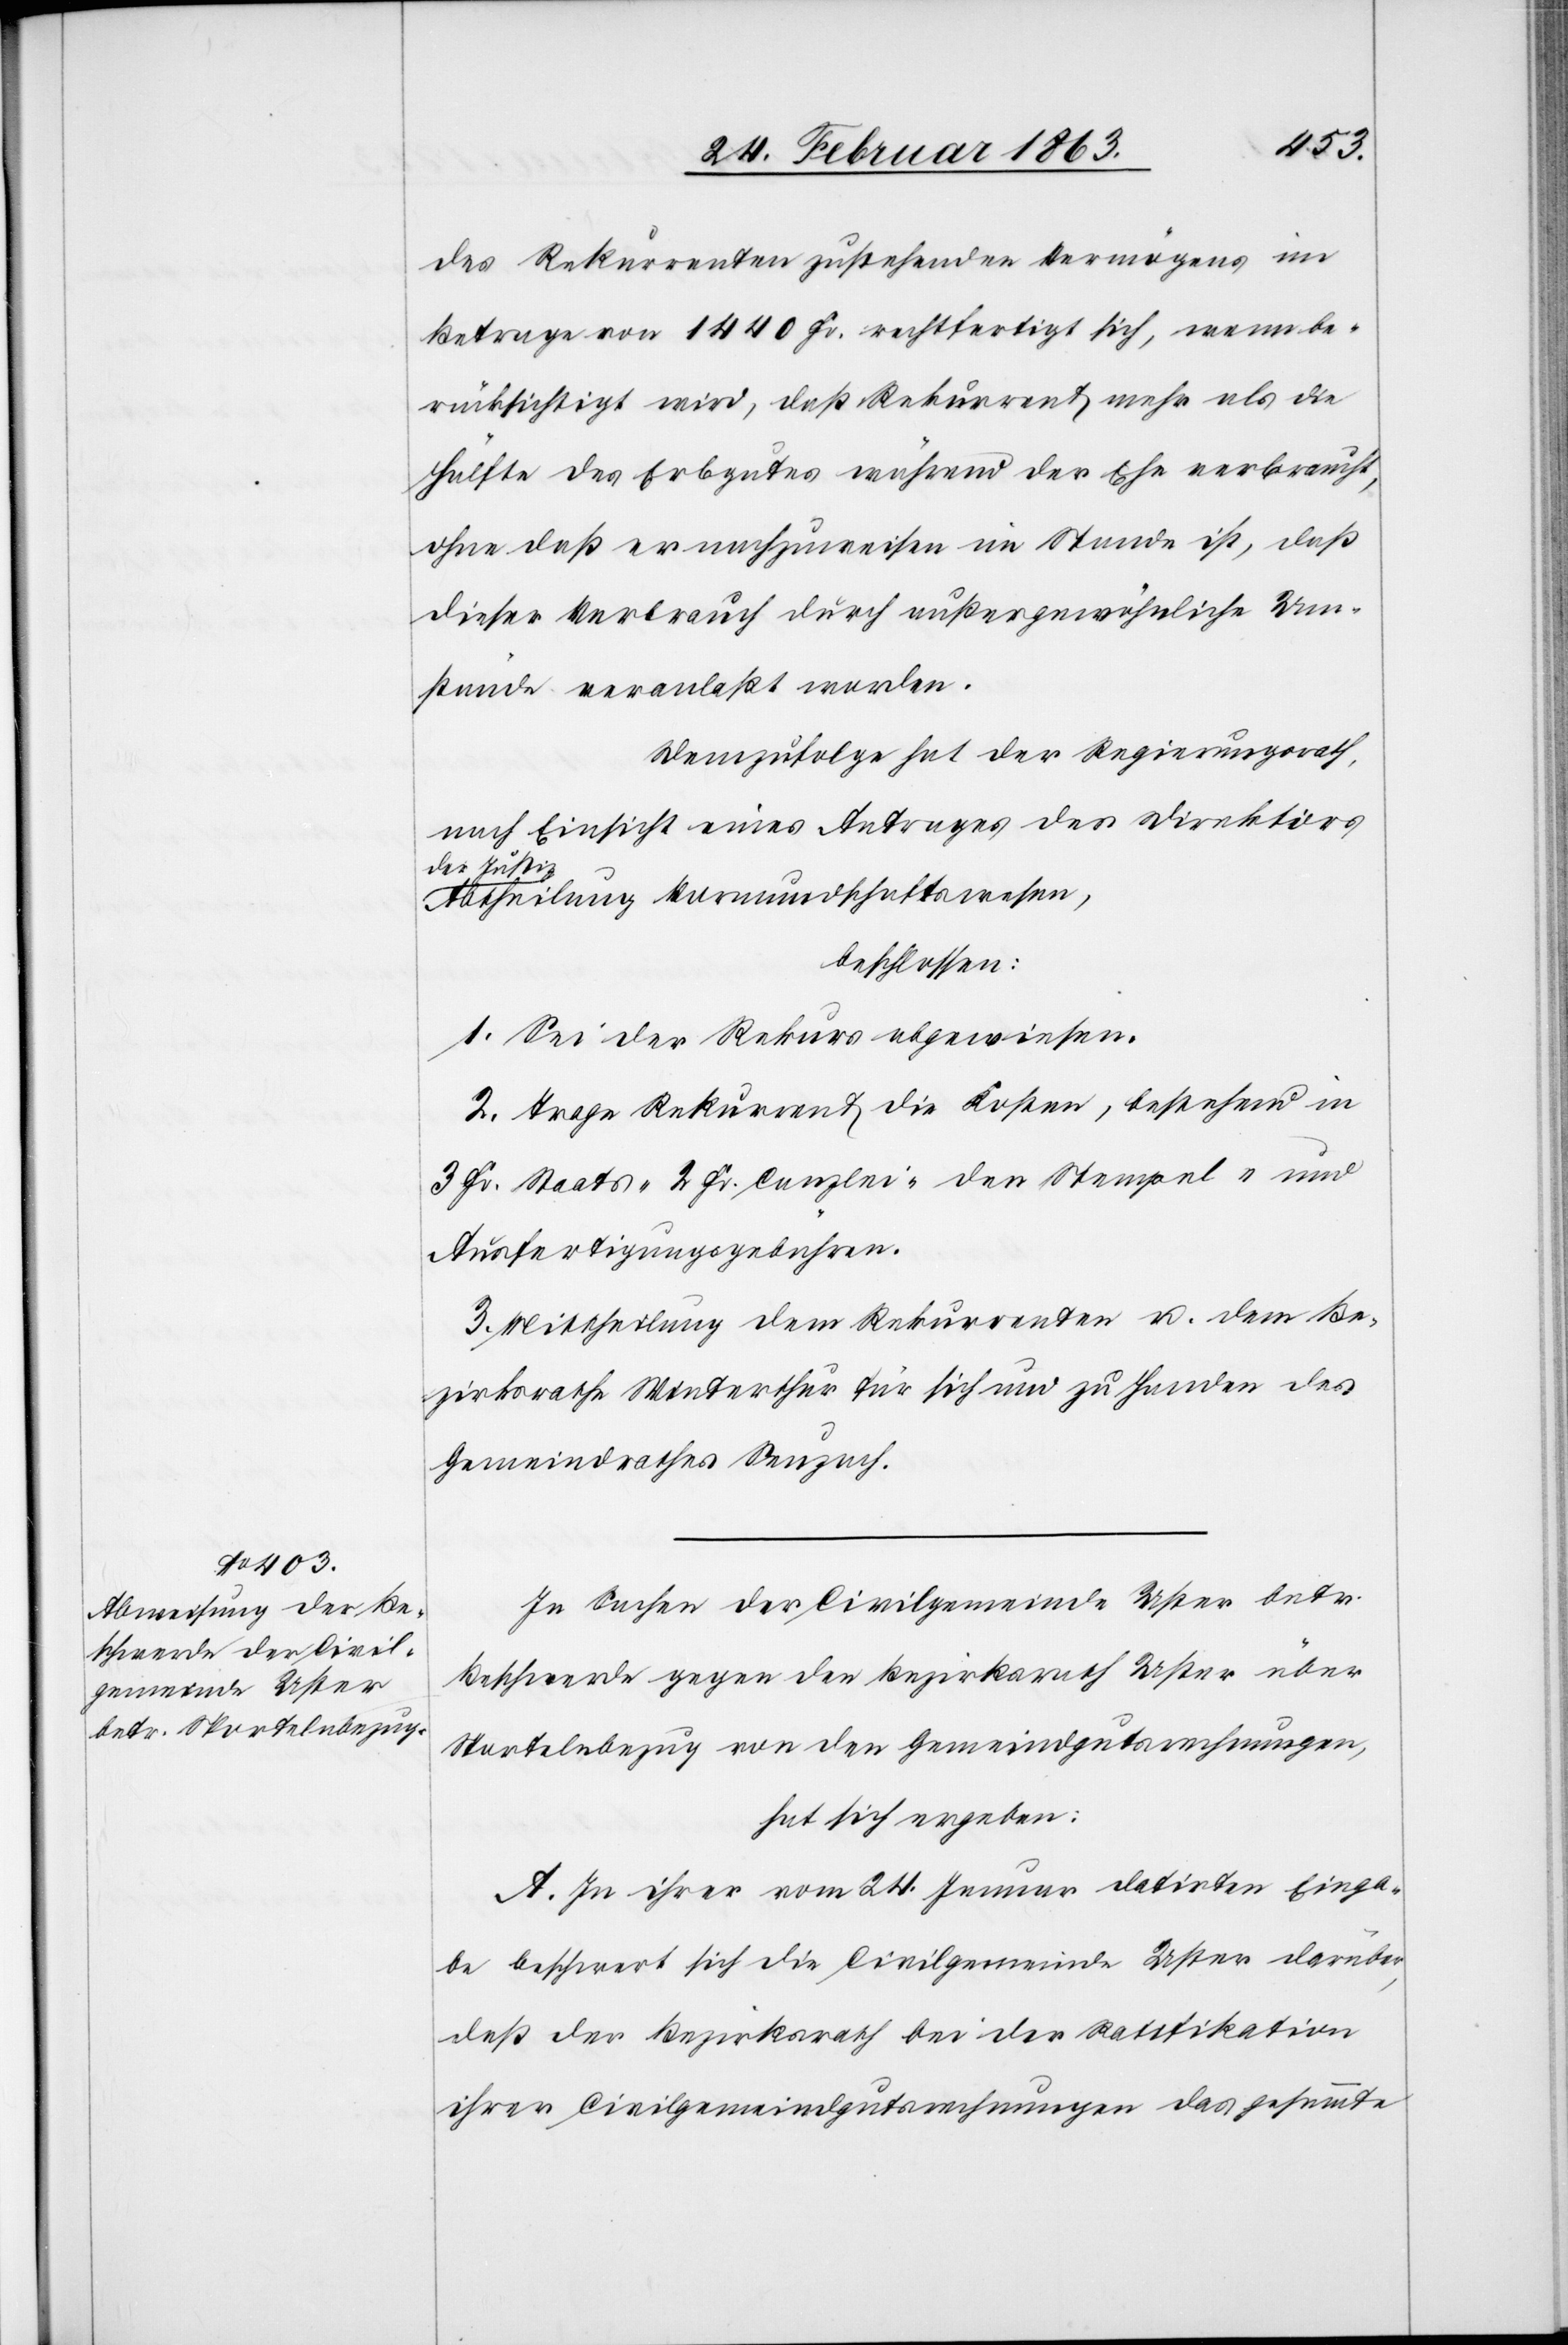
des Rekurrenten zustehenden Vermögens im
Betrage von 1440 Fr. rechtfertigt sich, wenn be¬
rücksichtigt wird, daß Rekurrent mehr als die
Hälfte des Erbgutes während der Ehe verbraucht,
ohne daß er nachzuweisen im Stande ist, daß
dieser Verbrauch durch außergewöhnliche Um¬
stände veranlaßt worden.
Demzufolge hat der Regierungsrath,
nach Einsicht eines Antrages der Direktion
der Justiz
Abtheilung Vormundschaftswesen,
beschlossen:
1. Sei der Rekurs abgewiesen.
2. Trage Rekurrent die Kosten, bestehend in
3 Fr. Staats-[,] 2 Fr. Canzlei-[,] den Stempel- und
Ausfertigungsgebühren.
3. Mittheilung dem Rekurrenten u. dem Be¬
zirksrathe Winterthur für sich und zu Handen des
Gemeindrathes Seuzach.
In Sachen der Civilgemeinde Uster betr.
Beschwerde gegen den Bezirksrath Uster über
Sportelnbezug von den Gemeindgutsrechnungen,
hat sich ergeben:
A. In ihrer vom 24. Januar datirten Einga¬
be beschwert sich die Civilgemeinde Uster darüber,
daß der Bezirksrath bei der Ratifikation
ihrer Civilgemeindgutsrechnungen das gesammte